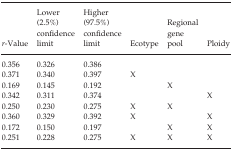
<table><thead><tr><td><b><i>r</i>-Value</b></td><td><b>Lower (2.5%) confidence limit</b></td><td><b>Higher (97.5%) confidence limit</b></td><td><b>Ecotype</b></td><td><b>Regional gene pool</b></td><td><b>Ploidy</b></td></tr></thead><tbody><tr><td>0.356</td><td>0.326</td><td>0.386</td><td></td><td></td><td></td></tr><tr><td>0.371</td><td>0.340</td><td>0.397</td><td>X</td><td></td><td></td></tr><tr><td>0.169</td><td>0.145</td><td>0.192</td><td></td><td>X</td><td></td></tr><tr><td>0.342</td><td>0.311</td><td>0.374</td><td></td><td></td><td>X</td></tr><tr><td>0.250</td><td>0.230</td><td>0.275</td><td>X</td><td>X</td><td></td></tr><tr><td>0.360</td><td>0.329</td><td>0.392</td><td>X</td><td></td><td>X</td></tr><tr><td>0.172</td><td>0.150</td><td>0.197</td><td></td><td>X</td><td>X</td></tr><tr><td>0.251</td><td>0.228</td><td>0.275</td><td>X</td><td>X</td><td>X</td></tr></tbody></table>